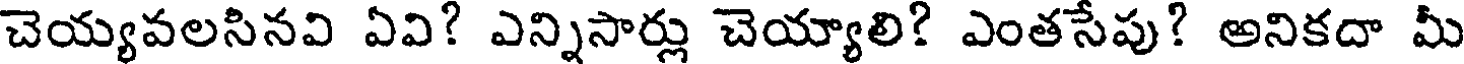
చెయ్యవలసినవి ఏవి? ఎన్నిసార్లు చెయ్యాలి? ఎంతసేపు? అనికదా మీ